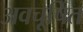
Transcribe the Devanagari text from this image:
अवचूषित